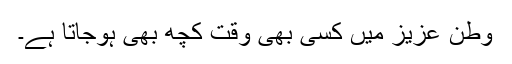
وطنِ عزیز میں کسی بھی وقت کچھ بھی ہوجاتا ہے۔